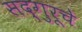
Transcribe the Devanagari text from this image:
सद्‌गुरूचे